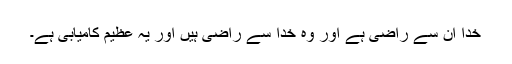
خدا ان سے راضی ہے اور وہ خدا سے راضی ہیں اور یہ عظیم کامیابی ہے۔